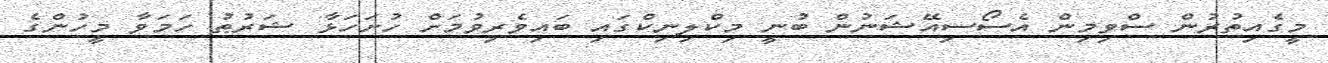
މީގެއިތުރުން ސްވިމިން އެސޯސިއޭޝަނުން ބުނީ މިކްލިނިކްގައި ބައިވެރިވުމަށް ހުށަހަޅާ ޝަރުޠު ހަމަވާ މީހުންގެ